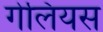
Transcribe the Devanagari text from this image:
गेलियस